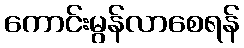
ကောင်းမွန်လာစေရန်